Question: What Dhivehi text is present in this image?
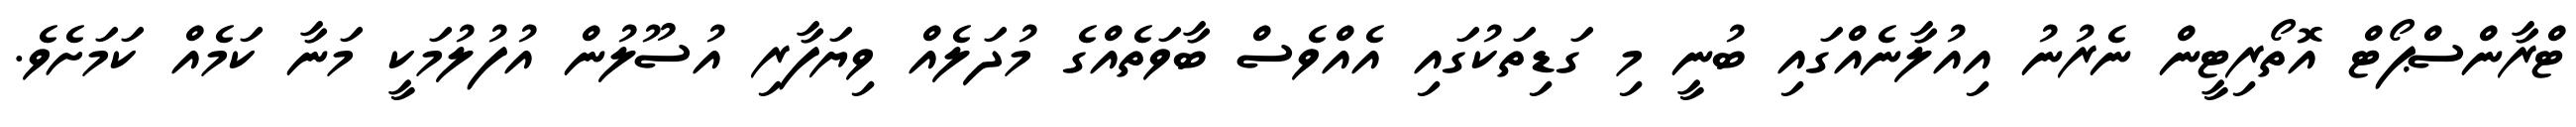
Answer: ޓްރާންސްޕޯޓް އޮތޯރިޓީން ނެރުނު އިއުލާނެއްގައި ބުނީ މި ގަޑިތަކުގައި އެއްވެސް ބާވަތެއްގެ މުދަލެއް ވިޔަފާރި އުސޫލުން އުފުލުމަކީ މަނާ ކަމެއް ކަމަށެވެ.